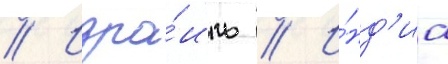
// Изра́иль // И́нд'иа